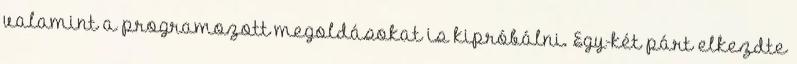
valamint a programozott megoldásokat is kipróbálni. Egy-két párt elkezdte